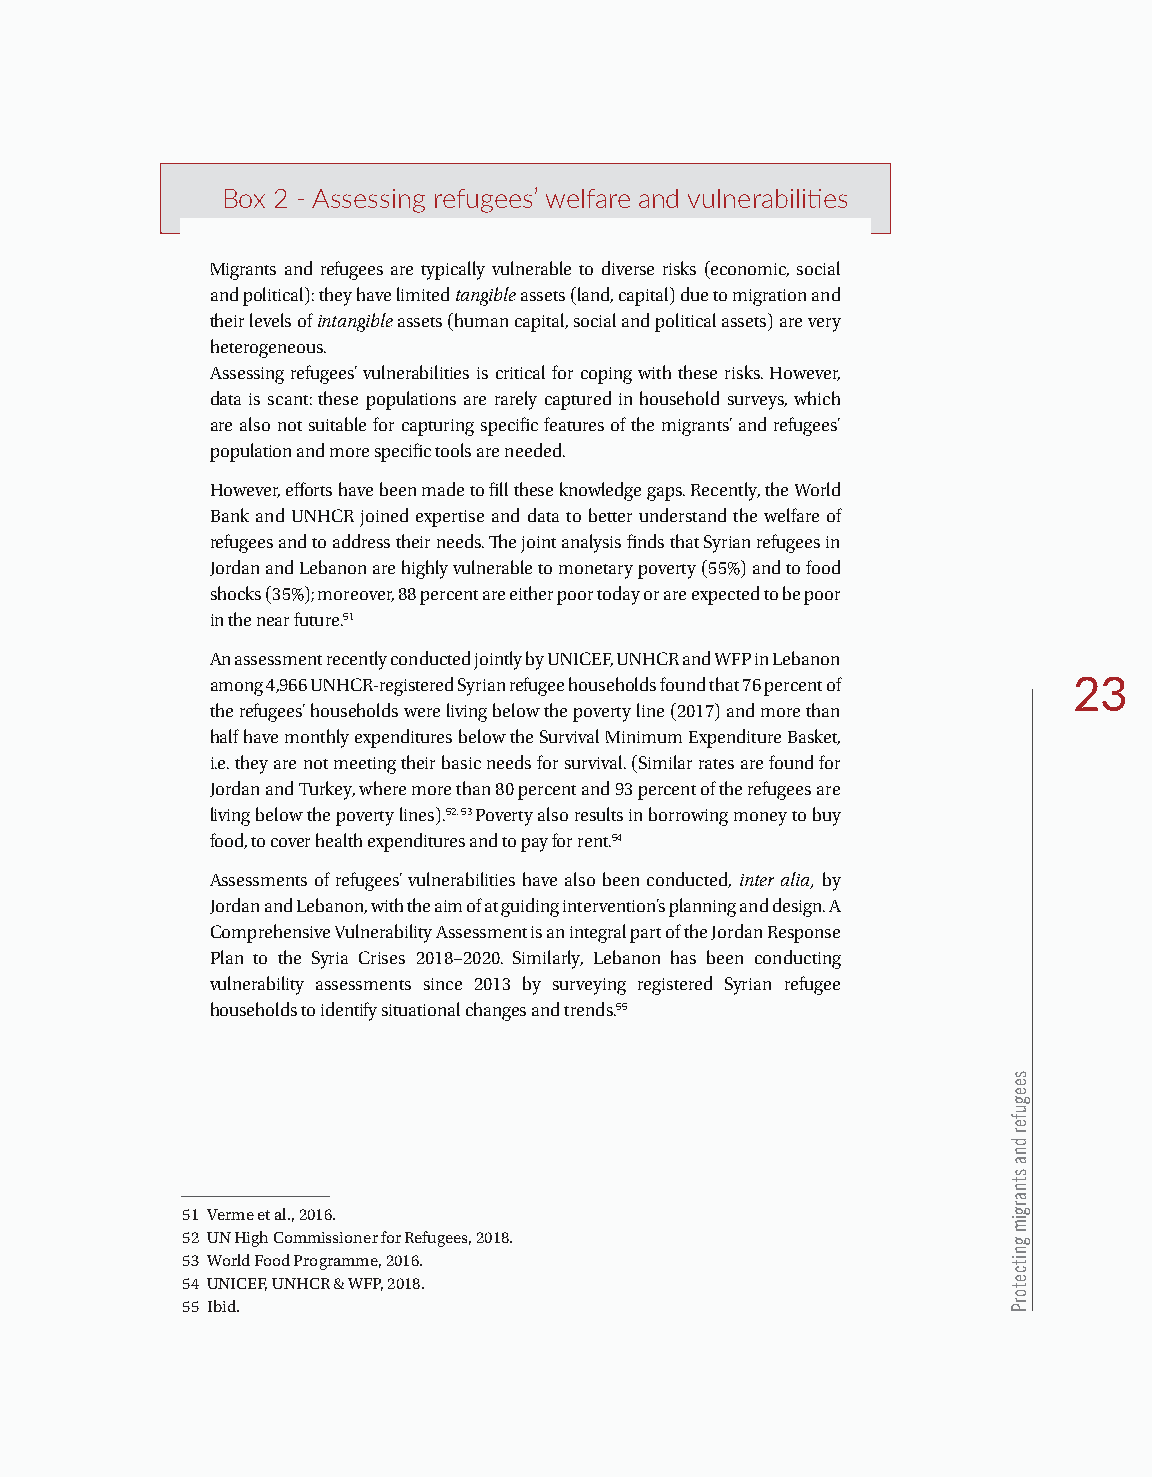
Box 2 - Assessing refugees’ welfare and vulnerabilities
 Migrants and refugees are typically vulnerable to diverse risks (economic, social
 and political): they have limited tangible assets (land, capital) due to migration and
 their levels of intangible assets (human capital, social and political assets) are very
 heterogeneous.
 Assessing refugees’ vulnerabilities is critical for coping with these risks. However,
 data is scant: these populations are rarely captured in household surveys, which
 are also not suitable for capturing specific features of the migrants’ and refugees’
 population and more specific tools are needed.
 However, efforts have been made to fill these knowledge gaps. Recently, the World
 Bank and UNHCR joined expertise and data to better understand the welfare of
 refugees and to address their needs. The joint analysis finds that Syrian refugees in
 Jordan and Lebanon are highly vulnerable to monetary poverty (55%) and to food
 shocks (35%); moreover, 88 percent are either poor today or are expected to be poor
 in the near future.51
 An assessment recently conducted jointly by UNICEF, UNHCR and WFP in Lebanon
 among 4,966 UNHCR-registered Syrian refugee households found that 76 percent of 23
 the refugees’ households were living below the poverty line (2017) and more than
 half have monthly expenditures below the Survival Minimum Expenditure Basket,
 i.e. they are not meeting their basic needs for survival. (Similar rates are found for
 Jordan and Turkey, where more than 80 percent and 93 percent of the refugees are
 living below the poverty lines).52, 53 Poverty also results in borrowing money to buy
 food, to cover health expenditures and to pay for rent.54
 Assessments of refugees’ vulnerabilities have also been conducted, inter alia, by
 Jordan and Lebanon, with the aim of at guiding intervention’s planning and design. A
 Comprehensive Vulnerability Assessment is an integral part of the Jordan Response
 Plan to the Syria Crises 2018–2020. Similarly, Lebanon has been conducting
 vulnerability assessments since 2013 by surveying registered Syrian refugee
 households to identify situational changes and trends.55
 51 Verme et al., 2016.
 52 UN High Commissioner for Refugees, 2018.
 53 World Food Programme, 2016.
 54 UNICEF, UNHCR & WFP, 2018.
 55 Ibid.
 seegufer
 dna
 stnargim
 gnitcetorP